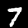
Label: 7